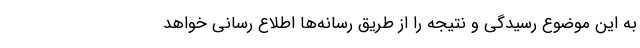
به این موضوع رسیدگی و نتیجه را از طریق رسانه‌ها اطلاع رسانی خواهد